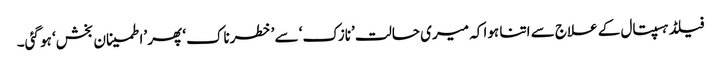
فیلڈ ہسپتال کے علاج سے اتنا ہوا کہ میری حالت ’نازک‘ سے ’خطرناک‘ پھر ’اطمینان بخش‘ ہو گئی۔